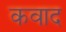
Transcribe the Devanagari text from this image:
कवाद